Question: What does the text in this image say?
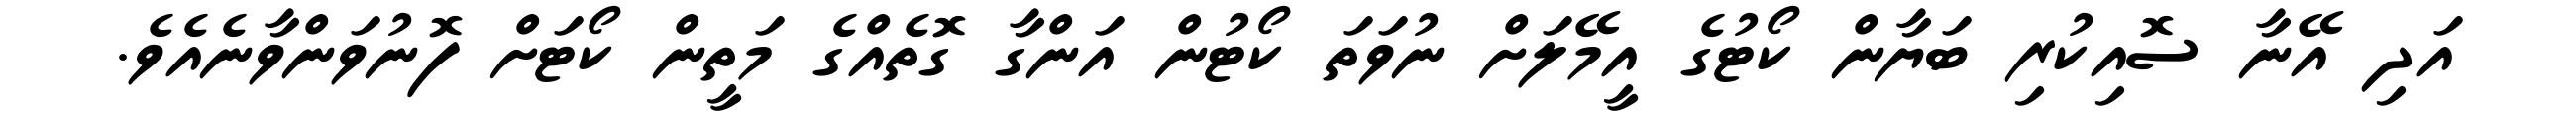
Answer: އަދި އޭނާ ސޮއިކުރި ބަޔާން ކޯޓުގެ އީމޭލަށް ނުވަތަ ކޯޓުން އަންގާ ގޮތެއްގެ މަތީން ކޯޓަށް ފޮނުވަންވާނެއެވެ.